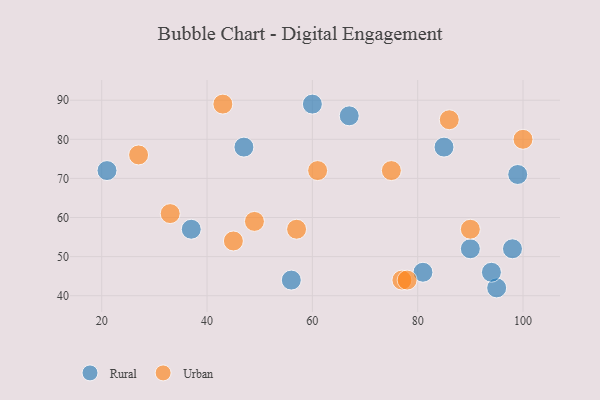
{"axis": {"x": "GDP", "y": "Life Expectancy"}, "legend": ["Rural", "Urban"], "data": [{"x": "98", "y": 52, "type": "Rural"}, {"x": "81", "y": 46, "type": "Rural"}, {"x": "56", "y": 44, "type": "Rural"}, {"x": "67", "y": 86, "type": "Rural"}, {"x": "37", "y": 57, "type": "Rural"}, {"x": "85", "y": 78, "type": "Rural"}, {"x": "99", "y": 71, "type": "Rural"}, {"x": "90", "y": 52, "type": "Rural"}, {"x": "21", "y": 72, "type": "Rural"}, {"x": "95", "y": 42, "type": "Rural"}, {"x": "60", "y": 89, "type": "Rural"}, {"x": "94", "y": 46, "type": "Rural"}, {"x": "47", "y": 78, "type": "Rural"}, {"x": "90", "y": 57, "type": "Urban"}, {"x": "43", "y": 89, "type": "Urban"}, {"x": "49", "y": 59, "type": "Urban"}, {"x": "45", "y": 54, "type": "Urban"}, {"x": "33", "y": 61, "type": "Urban"}, {"x": "100", "y": 80, "type": "Urban"}, {"x": "77", "y": 44, "type": "Urban"}, {"x": "78", "y": 44, "type": "Urban"}, {"x": "61", "y": 72, "type": "Urban"}, {"x": "57", "y": 57, "type": "Urban"}, {"x": "75", "y": 72, "type": "Urban"}, {"x": "27", "y": 76, "type": "Urban"}, {"x": "86", "y": 85, "type": "Urban"}]}